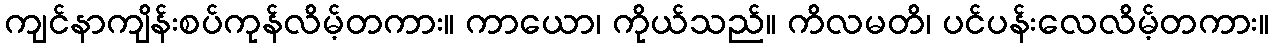
ကျင်နာကျိန်းစပ်ကုန်လိမ့်တကား။ ကာယော၊ ကိုယ်သည်။ ကိလမတိ၊ ပင်ပန်းလေလိမ့်တကား။